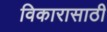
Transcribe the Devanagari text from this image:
विकारासाठी